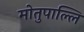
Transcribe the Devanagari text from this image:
मोतुपाल्लि